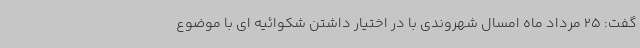
گفت: 25 مرداد ماه امسال شهروندی با در اختیار داشتن شکوائیه ای با موضوع